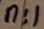
Text: n:1